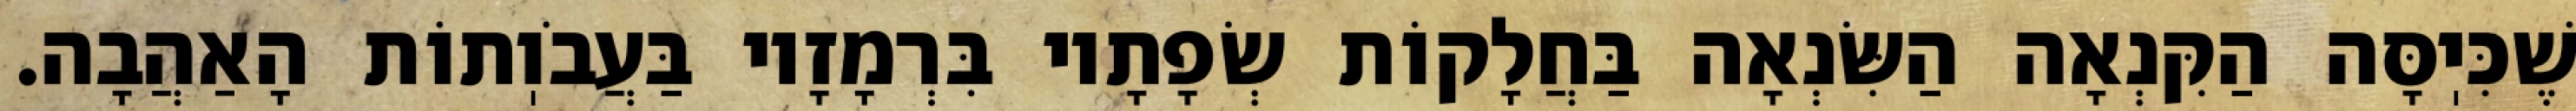
שֶׁכִּיֽסָּה הַקִּנְאָה הַשִּׂנְאָה בַּחֲלָקוֹת שְׂפָתָיו בִּרְמָזָיו בַּעֲבֹוֽתוֹת הָאַהֲבָה.